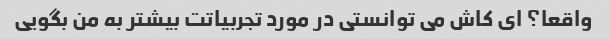
واقعا؟ ای کاش می توانستی در مورد تجربیاتت بیشتر به من بگویی